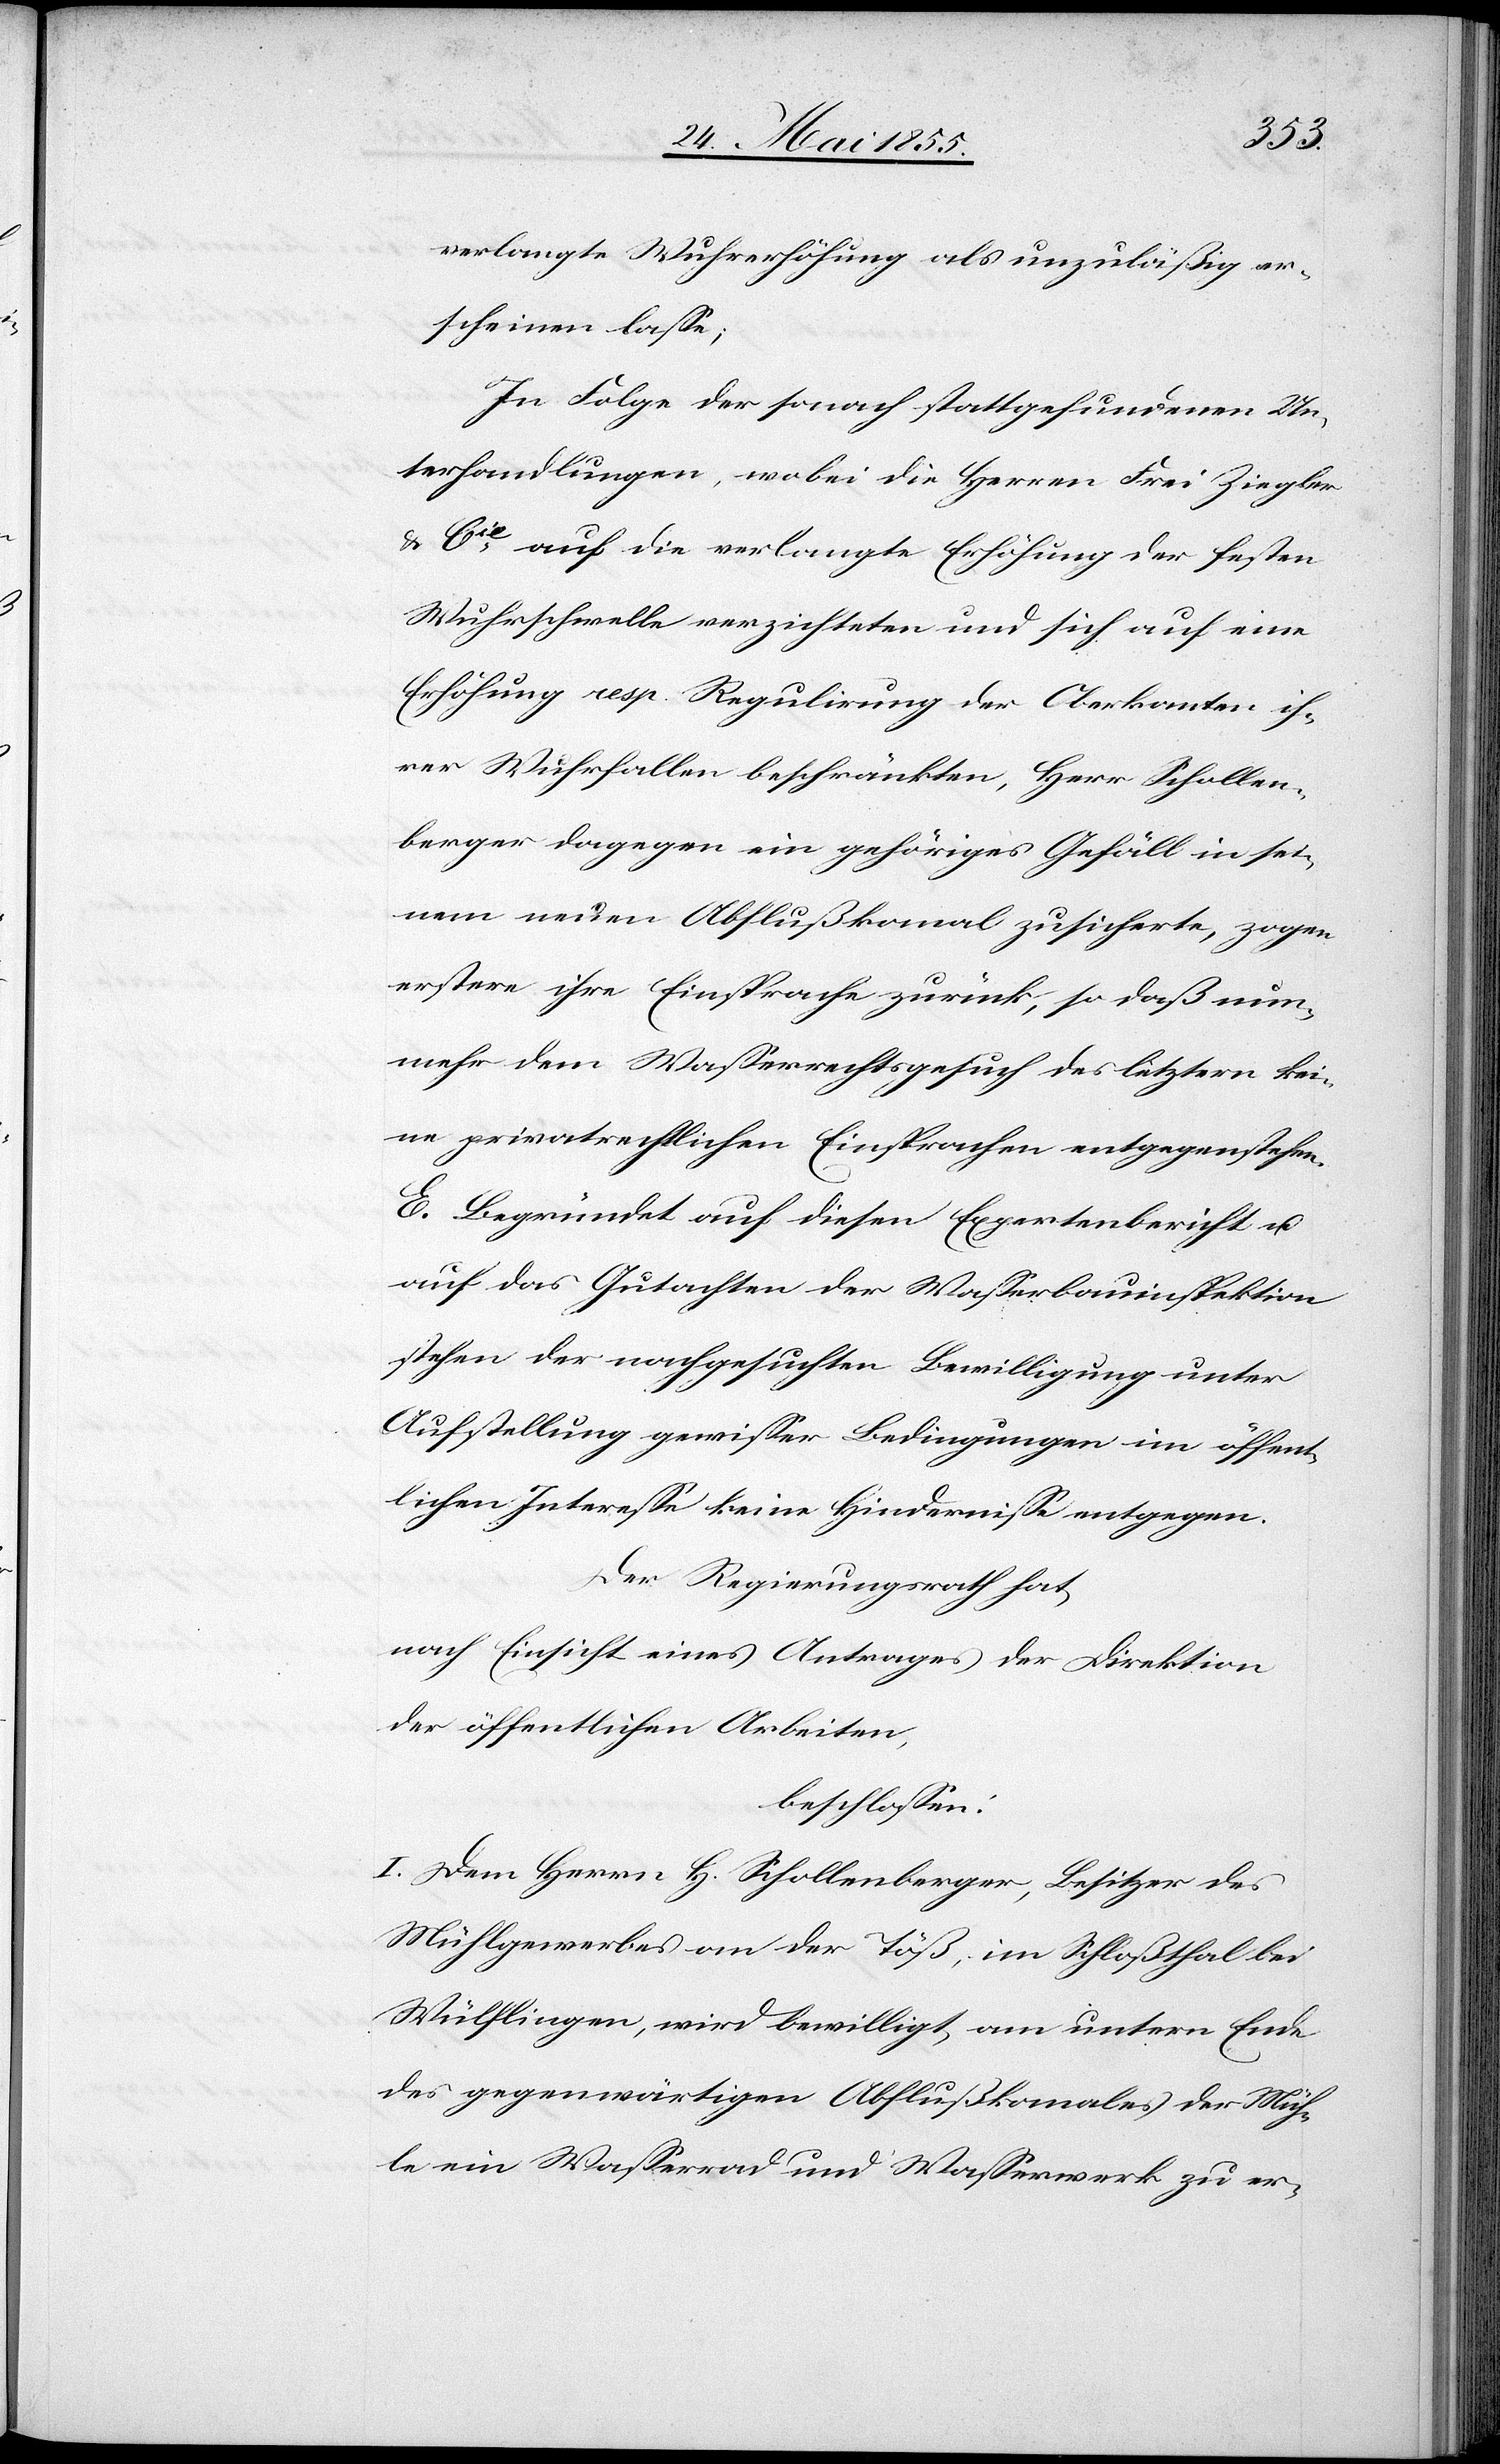
verlangte Wuhrerhöhung als unzuläßig er¬
scheinen lasse;
In Folge der sonach stattgefundenen Un¬
terhandlungen, wobei die Herren Frei Ziegler
& Cie auf die verlangte Erhöhung der festen
Wuhrschwelle verzichteten und sich auf eine
Erhöhung resp. Regulirung der Oberkante ih¬
rer Wuhrfallen beschränkten, Herr Schollen¬
berger dagegen ein gehöriges Gefäll in sei¬
nem neuen Abflußkanal zusicherte, zogen
erstere ihre Einsprache zurück, so daß nun¬
mehr dem Wasserrechtsgesuch des letztern kei¬
ne privatrechtlichen Einsprachen entgegenstehen.
E. Begründet auf diesen Expertenbericht u.
auf das Gutachten der Wasserbauinspektion
stehen der nachgesuchten Bewilligung unter
Aufstellung gewisser Bedingungen im öffent¬
lichen Interesse keine Hindernisse entgegen.
Der Regierungsrath hat,
nach Einsicht eines Antrages der Direktion
der öffentlichen Arbeiten,
beschlossen:
I. Dem Herrn H. Schollenberger, Besitzer des
Mühlgewerbes an der Töß, im Schloßthal bei
Wülflingen, wird bewilligt, am untern Ende
des gegenwärtigen Abflußkanales der Müh¬
le ein Wasserrad und Wasserwerk zu er-